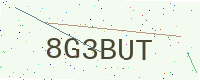
Text: 8G3BUT